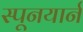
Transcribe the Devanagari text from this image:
स्पूनयार्न